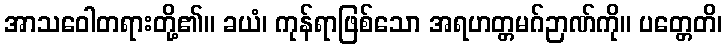
အာသဝေါတရားတို့၏။ ခယံ၊ ကုန်ရာဖြစ်သော အရဟတ္တမဂ်ဉာဏ်ကို။ ပတ္တေတိ၊